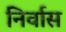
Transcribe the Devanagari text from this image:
निर्वास